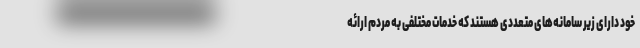
خود دارای زیر سامانه‌های متعددی هستند که خدمات مختلفی به مردم ارائه